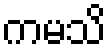
ကမသိ